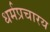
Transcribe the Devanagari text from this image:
धर्मप्रचारय